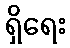
ရှိရေး